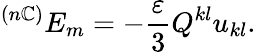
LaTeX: ^{(n\mathbb{C})}E_{m}=-\frac{{\varepsilon}}{3}Q^{kl}u_{kl}.